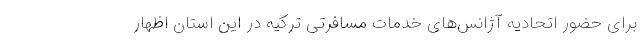
برای حضور اتحادیه آژانس‌های خدمات مسافرتی ترکیه در این استان اظهار